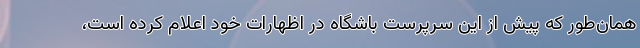
همان‌طور که پیش از این سرپرست باشگاه در اظهارات خود اعلام کرده است،